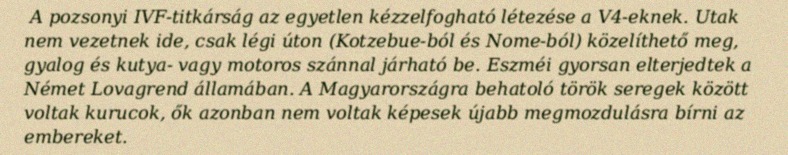
A pozsonyi IVF-titkárság az egyetlen kézzelfogható létezése a V4-eknek. Utak nem vezetnek ide, csak légi úton (Kotzebue-ból és Nome-ból) közelíthető meg, gyalog és kutya- vagy motoros szánnal járható be. Eszméi gyorsan elterjedtek a Német Lovagrend államában. A Magyarországra behatoló török seregek között voltak kurucok, ők azonban nem voltak képesek újabb megmozdulásra bírni az embereket.